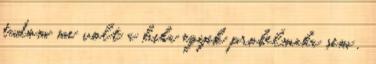
tudom mi volt a hiba egyik probelmaba sem .